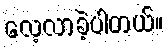
လေ့လာခဲ့ပါတယ်။